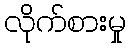
လိုက်စားမှု